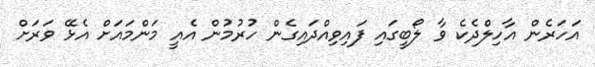
އަހަރެން އާހިލްދެކެ ވާ ލޯބީގައި ފައިވިއްދައިގެން ހުރުމުން އެއީ މަންމައަށް އެޅޭ ވަރަށް